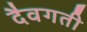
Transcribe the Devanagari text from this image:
दैवगती